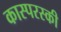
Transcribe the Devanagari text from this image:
कास्परस्की